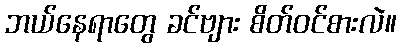
ဘယ်နေရာတွေ ခင်ဗျား စိတ်ဝင်စားလဲ။